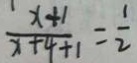
\frac { x + 1 } { x + 4 + 1 } = \frac { 1 } { 2 }